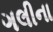
ગલીના